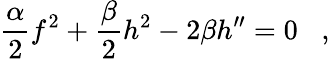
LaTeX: {\frac{\alpha}{2}}f^{2}+{\frac{\beta}{2}}h^{2}-2\beta h^{\prime\prime}=0\; \; \; ,